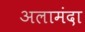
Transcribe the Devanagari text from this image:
अलामंदा